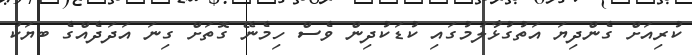
ކުރިއަށް ގެންދިޔަ އަތުގުޅާލުމުގައި ކުޑަކުދިން ވެސް ހިމެނޭ ގޮތަށް ގިނަ އަދަދެއްގެ ބޔަކު